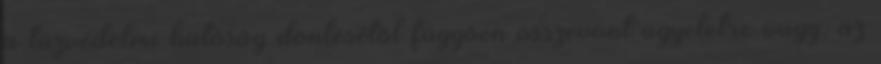
a tûzvédelmi hatóság döntésétõl függõen összevont ügyeletre vagy, az